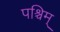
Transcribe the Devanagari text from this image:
पश्चिम्